Lunatic asylums Madras 1892-1911 - 1892-1911
Year: 1892
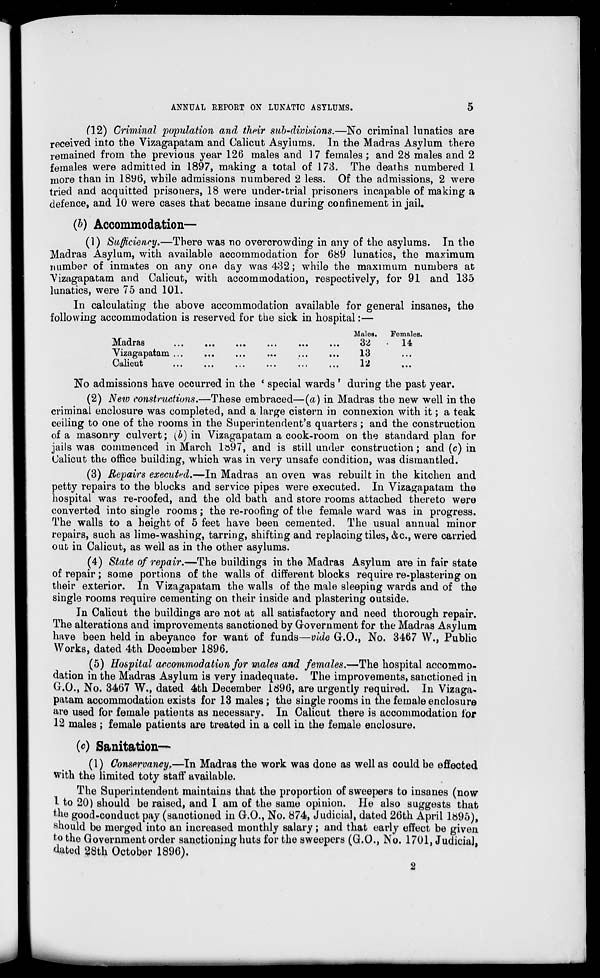
ANNUAL REPORT ON LUNATTC ASYLUMS.
(12) Criminal population and their sub-divisions.—No criminal lunatics are
received into the Vizagapatam and Calicut Asylums. In the Madras Asylum there
remained from the previous year 126 males and 1 7 females ; and 28 males and 2
females were admitted in 1897, making a total of 173. The deaths numbered 1
more than in 18y6, while admissions numbered 2 less. Of the admissions, 2 were
tried and acquitted prisoners, 18 were under-trial prisoners incapable of making a
defence, and 10 were cases that became insane during confinement in jail.
(b) Accommodation—
(1) Sufficiency.—Tbere was no overcrowding in any of the asylums. In the
Madras Asylum, with available accommodation for 689 lunatics, the maximum
number of inmates on any one day was 432; while the maximum numbers at
Vizagapatam and Calicut, with accommodation, respectively, for 91 and 135
lunatics, were 75 and 101.
In calculating the above accommodation available for general insanes, the
following accommodation is reserved for the sick in hospital:—
Madras
Vizagapatam ..
Calicut
Males.
32
13
12
Females.
14
No admissions have occurred in the ' special wards ' during the past year.
(2) New constructions.—These embraced—(a) in Madras the new well in the
criminal enclosure was completed, and a large cistern iu connexion with it; a teak
ceiling to one of the rooms in the Superintendent's quarters; and the construction
of a masonry culvert; (b) in Vizagapatam a cook-room on the standard plan for
jails was commenced in March lo97, and is still under construction; and (c) in
Calicut the office building, which was in very unsafe condition, was dismantled.
(3) Repairs executed.—In Madras an oven was rebuilt in the kitchen and
petty repairs to the blocks and service pipes were executed. In Vizagapatam the
hospital was re-roofed, and the old bath and store rooms attached thereto were
converted into single rooms; the re-roofing of the female ward was in progress.
The walls to a height of 5 feet have been cemented. The usual annual minor
repairs, such as lime-washing, tarring, shifting and replacing tiles, &c, were carried
out in Calicut, as well as in the other asylums.
(4) State of repair.—The buildings in the Madras Asylum are in fair state
of repair ; some portions of the walls of different blocks require re-plastering on
their exterior. In Vizagapatam the walls of the male sleeping wards and of the
single rooms require cementing on their inside and plastering outside.
In Calicut the buildings are not at all satisfactory and need thorough repair.
The alterations and improvements sanctioned by Government for the Madras Asylum
have been held in abeyance for want of funds—vide G.O., No. 3467 W., Public
Works, dated 4th December 1896.
(5) Hospital accommodation for males and females.—The hospital accommo-
dation in the Madras Asylum is very inadequate. The improvements, sanctioned in
C.O., No. 3467 W., dated 4th December 1896, are urgently required. In Vizaga-
patam accommodation exists for 13 males ; the single rooms in the female enclosure
are used for female patients as necessary. In Calicut there is accommodation for
12 males; female patients are treated in a cell in the female enclosure.
(c) Sanitation—
(1) Conservancy,—In Madras the work was done as well as could be effected
with the limited toty staff available.
The Superintendent maintains that the proportion of sweepers to insanes (now
1 to 20) should be raised, and I am of the same opinion. He also suggests that
the good-conduct pay (sanctioned in G.O., No. 874, Judicial, dated 26th April 1895),
should be merged into an increased monthly salary; and that early effect be given
to the Government order sanctioning huts for the sweepers (CO., No. 1701, Judicial,
dated ?8th October 1896).
2